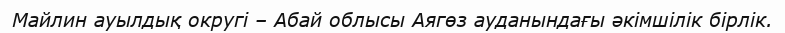
Майлин ауылдық округі – Абай облысы Аягөз ауданындағы әкімшілік бірлік.